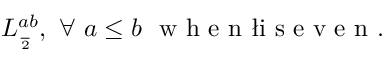
L _ { \frac { \l } { 2 } } ^ { a b } , \ \forall \ a \leq b \ \textup { w h e n \l i s e v e n } .